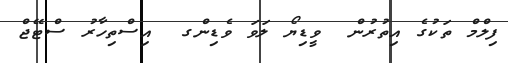
ފިލްމް ތަކުގެ އިތުރުން  ވީޑިޔޯ ލަވަ ވެޑިންގ  އިސްތިހާރު ސްޓޭޖް